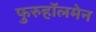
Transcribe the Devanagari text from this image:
फुरुहॉलमेन